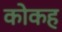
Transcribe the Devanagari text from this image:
कोकह